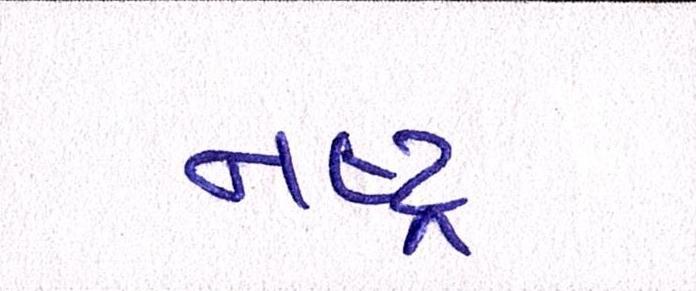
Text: નષ્ટ્ર